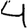
Digit: 4